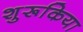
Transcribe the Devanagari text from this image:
शुरूकिया